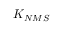
K _ { N M S }